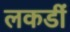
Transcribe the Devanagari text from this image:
लकडीं